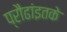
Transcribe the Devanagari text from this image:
प्रौढांइतके